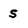
Character: S